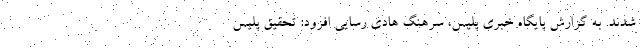
شدند. به گزارش پایگاه خبری پلیس، سرهنگ هادی رسایی افزود: تحقیق پلیس